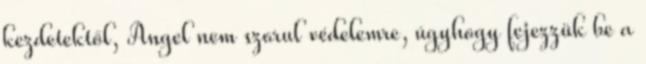
kezdetektől, Angel nem szorul védelemre, úgyhogy fejezzük be a